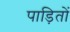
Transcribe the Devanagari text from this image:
पाड़ितों